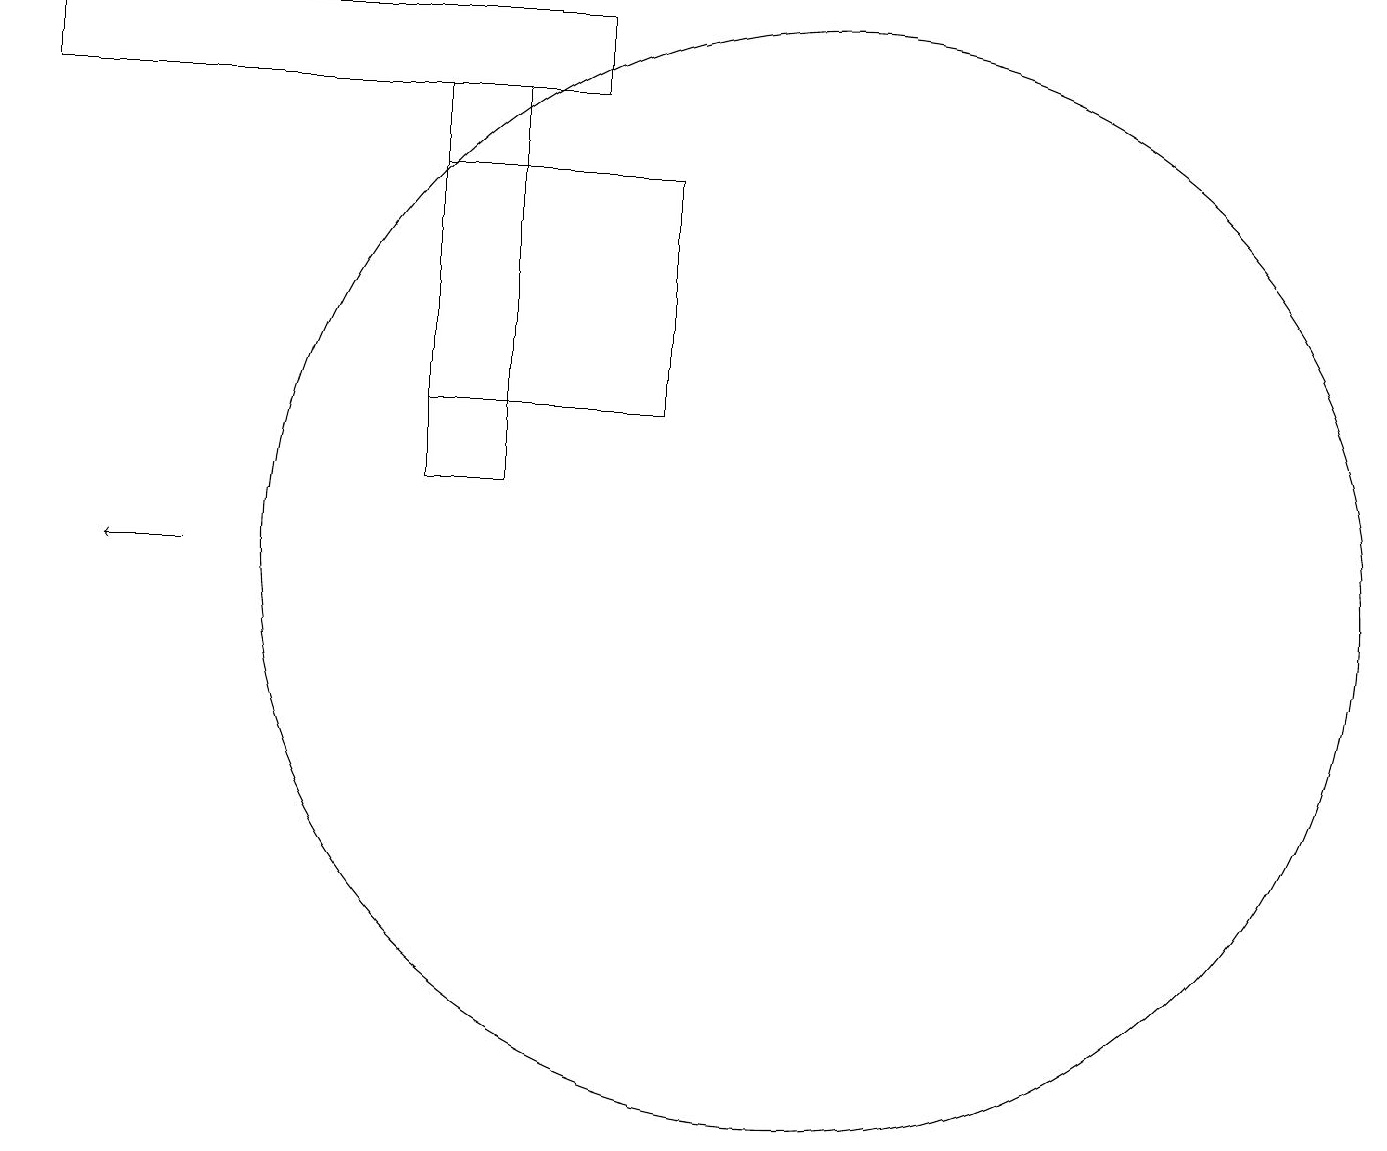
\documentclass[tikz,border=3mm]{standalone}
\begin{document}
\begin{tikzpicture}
\draw (9,14) rectangle (6,17);
\draw (8,18) rectangle (1,19);
\draw (11,12) circle (7);
\draw[->] (3,12) -- (2,12);
\draw (6,13) rectangle (7,18);
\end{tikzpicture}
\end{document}